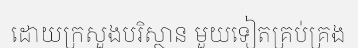
ដោយក្រសួងបរិស្ថាន មួយទៀតគ្រប់គ្រង